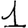
Digit: 1